Vaccination in Burma 1889-1999 - 1889-1999
Year: 1889
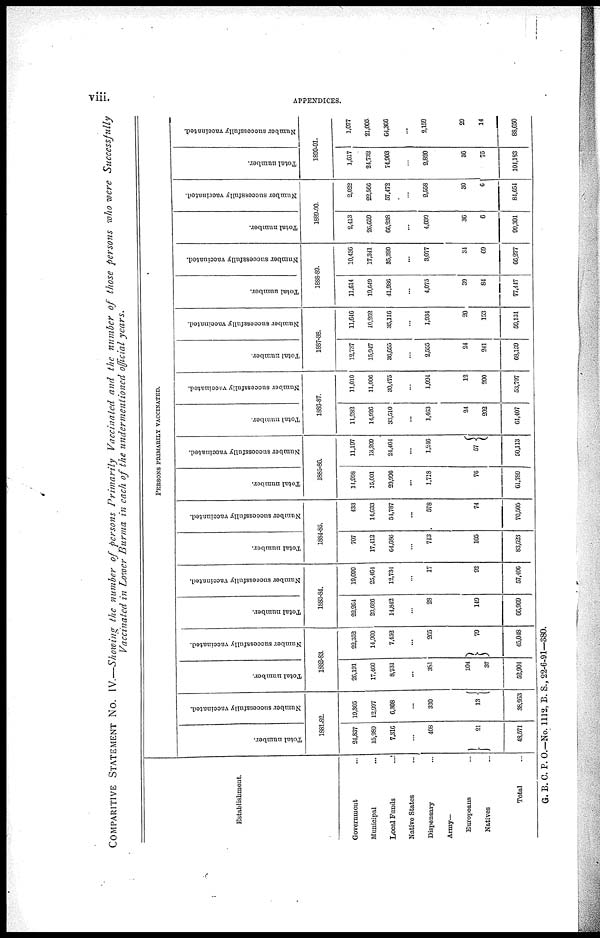
viii.
APPENDICES.
COMPARITIVE STATEMENT NO. IV.—Showing the number of persons Primarily
Vaccinated and the number of those persons who were Successfully
Vaccinated in Lower Burma in each of the undermentioned official years.
Establishment.
Government ...
Municipal ...
Local Funds
...
Native States ...
Dispensary ...
Army—
Europeans ...
Natives ...
Total ...
PERSONS PRIMARILY VACCINATED.
Total number.
Number successfully vaccinated.
1881-82.
21,837
15,989
7,316
...
408
21
48,571
19,305
12,997
6,308
...
330
13
38,953
Total number.
Number successfully vaccinated.
1882-83.
26,191
17,460
8,731
...
381
104
37
52,904
22,352
14,900
7,452
...
265
79
45,048
Total number.
Number successfully vaccinated.
1883-84.
22,264
29,686
11,842
...
28
149
66,969
19,099
25,464
12,734
...
17
92
57,406
Total number.
Number successfully vaccinated.
1884-85.
707
17,412
64,686
...
713
105
83,623
433
14,633
54,787
...
578
74
70,505
Total number.
Number successfully vaccinated.
1885-86.
14,998
15,001
29,996
...
1,718
76
61,789
11,197
13,209
24,404
...
1,246
57
50,413
Total number.
Number successfully vaccinated.
1886-87.
11,282
14,926
33,510
...
1,463
24
202
61,407
11,010
11,006
30,475
...
1,094
12
200
53,797
Total number.
Number successfully vaccinated.
1887-88.
12,737
15,947
36,655
...
2,555
24
241
68,159
11,646
10,262
35,116
...
1,934
20
153
59,131
Total number.
Number successfully vaccinated.
1888-89.
11,614
19,649
41,986
...
4,075
39
84
77,447
10,436
17,341
35,320
...
3,077
34
69
66,277
Total number.
Number successfully vaccinated.
1889-90.
2,413
20,659
66,238
...
4,039
36
6
99,391
2,022
22,566
57,472
...
2,558
30
6
84,654
Total number.
Number successfully vaccinated.
1890-91.
1,617
24,732
74,903
...
2,820
36
75
104,183
1,077
21,005
64,366
...
2,159
29
14
88,650
G. B. C. P. O.—No. 1112, B. S., 22-6-91—380.